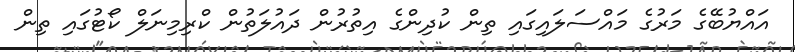
އައްޔުބޭގެ މަރުގެ މައްސަލައިގައި ތިން ކުދިންގެ އިތުރުން ދައުލަތުން ކްރިމިނަލް ކޯޓުގައި ތިން